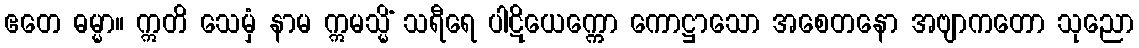
ဧတေ ဓမ္မာ။ ဣတိ သေမှံ နာမ ဣမသ္မိံ သရီရေ ပါဋိယေက္ကော ကောဋ္ဌာသော အစေတနော အဗျာကတော သုညော